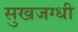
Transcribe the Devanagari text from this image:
सुखजग्धी